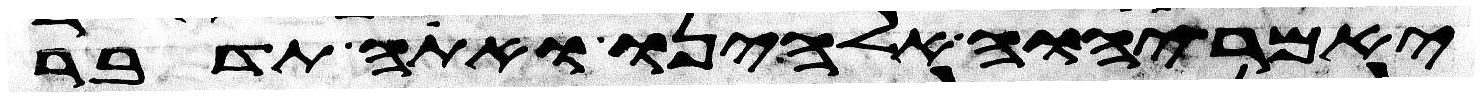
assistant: יאמר יהוה אלהינו ואתה תדבר